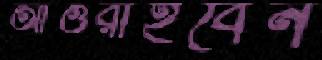
আওরাইবেন